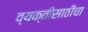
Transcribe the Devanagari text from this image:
व्यक्तींसाठीचा